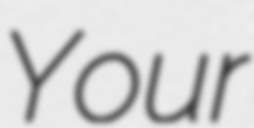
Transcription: Your